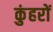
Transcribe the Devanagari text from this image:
कुंहरों